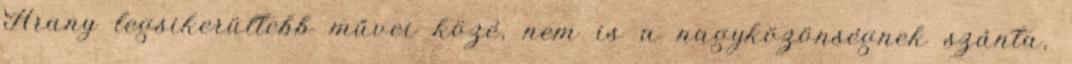
Arany legsikerültebb művei közé, nem is a nagyközönségnek szánta,